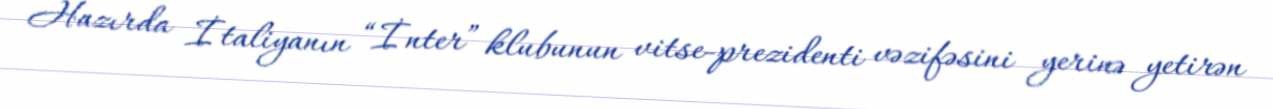
Hazırda İtaliyanın “İnter” klubunun vitse-prezidenti vəzifəsini yerinə yetirən